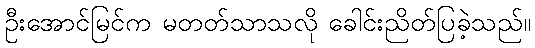
ဦးအောင်မြင်က မတတ်သာသလို ခေါင်းညိတ်ပြခဲ့သည်။